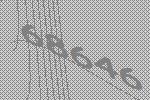
68646